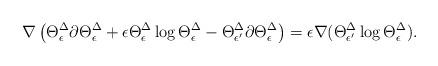
LaTeX: \begin{align*} \nabla \left ( \Theta^\Delta_\epsilon \partial \Theta^\Delta_\epsilon + \epsilon \Theta^\Delta_\epsilon \log \Theta^\Delta_\epsilon - \Theta^\Delta_{\epsilon'} \partial \Theta^\Delta_{\epsilon} \right ) = \epsilon \nabla (\Theta^\Delta_{\epsilon'} \log \Theta^\Delta_\epsilon).\end{align*}